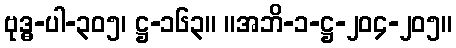
ဗုဒ္ဓ-ပါ-၃၀၅၊ ဋ္ဌ-၁၆၃။ ။အဘိ-၁-ဋ္ဌ-၂၀၄-၂၀၅။